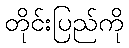
တိုင်းပြည်ကို